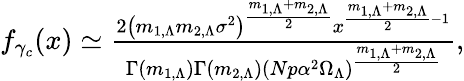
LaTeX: \begin{array}{r}{f_{\gamma_{c}}(x)\simeq\frac{2\left(m_{1,\Lambda}m_{2,\Lambda}\sigma^{2}\right)^{\frac{m_{1,\Lambda}+m_{2,\Lambda}}{2}}x^{\frac{m_{1,\Lambda}+m_{2,\Lambda}}{2}-1}}{\Gamma(m_{1,\Lambda})\Gamma(m_{2,\Lambda})(Np\alpha^{2}\Omega_{\Lambda})^{\frac{m_{1,\Lambda}+m_{2,\Lambda}}{2}}},}\end{array}